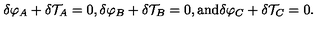
{ \delta } \varphi _ { A } + { \delta } { \cal T } _ { A } = 0 , { \delta } \varphi _ { B } + { \delta } { \cal T } _ { B } = 0 , \mathrm { a n d } { \delta } \varphi _ { C } + { \delta } { \cal T } _ { C } = 0 .